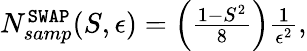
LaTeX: \begin{array}{r}{N_{samp}^{\mathtt{SWAP}}(S,\epsilon)=\left(\frac{1-S^{2}}{8}\right)\frac{1}{\epsilon^{2}},}\end{array}